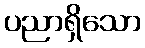
ပညာရှိသော